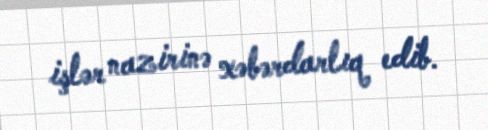
işlər nazirinə xəbərdarlıq edib.